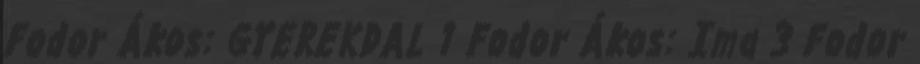
Fodor Ákos: GYEREKDAL 1 Fodor Ákos: Ima 3 Fodor